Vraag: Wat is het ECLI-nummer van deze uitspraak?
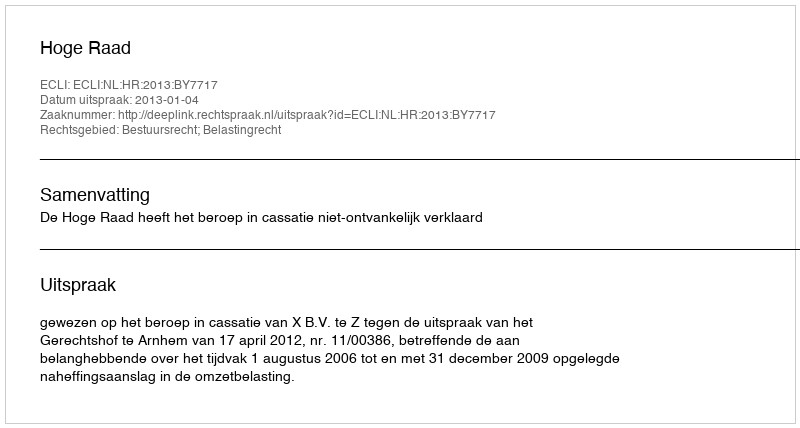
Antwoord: ECLI:NL:HR:2013:BY7717